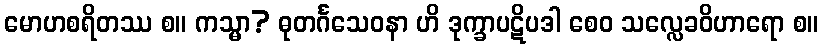
မောဟစရိတဿ စ။ ကသ္မာ? ဓုတင်္ဂသေဝနာ ဟိ ဒုက္ခာပဋိပဒါ စေဝ သလ္လေခဝိဟာရော စ။